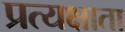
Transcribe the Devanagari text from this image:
प्रत्यक्षाता